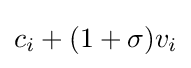
c_{i}+(1+\sigma )v_{i}